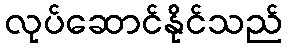
လုပ်ဆောင်နိုင်သည်